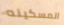
المسكينه